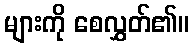
များကို စေလွှတ်၏။